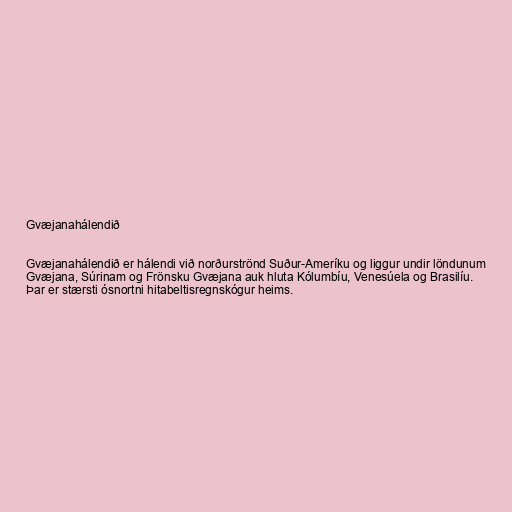
Gvæjanahálendið

Gvæjanahálendið er hálendi við norðurströnd Suður-Ameríku og liggur undir löndunum
Gvæjana, Súrinam og Frönsku Gvæjana auk hluta Kólumbíu, Venesúela og Brasilíu.
Þar er stærsti ósnortni hitabeltisregnskógur heims.